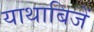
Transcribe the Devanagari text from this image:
याथाबिजें